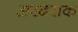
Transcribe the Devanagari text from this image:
अरदराक